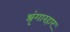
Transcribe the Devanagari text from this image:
श्रृंगारहार